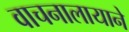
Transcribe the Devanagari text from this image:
वाचनालायाने